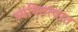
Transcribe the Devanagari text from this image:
व्यक्तित्वात